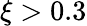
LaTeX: \xi>0.3